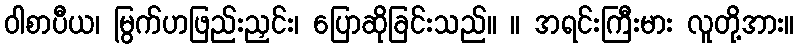
ဝါစာပီယ၊ မြွက်ဟဖြည်းညှင်း၊ ပြောဆိုခြင်းသည်။ ။ အရင်းကြီးမား လူတို့အား။